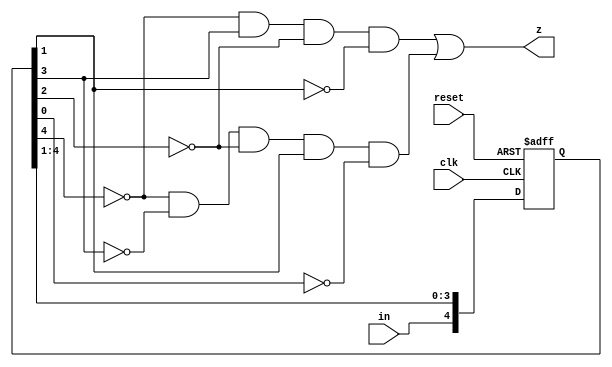
module machine_x_shift(z, clk, in, reset);
output z;
input clk, in, reset;
reg [4:0] shift;


always @(posedge clk or negedge reset)
	if(~reset)
		shift <= 5'b11111;
	else
	begin
	 shift[0] <= shift[1];
	 shift[1] <= shift[2];
	 shift[2] <= shift[3];
	 shift[3] <= shift[4];
	 shift[4] <= in;
	end


assign z = ~shift[4]&shift[3]&~shift[2]&~shift[1]|~shift[4]&~shift[3]&~shift[2]&shift[1]&~shift[0];





endmodule